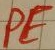
Text: PE